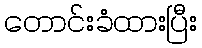
တောင်းခံထားပြီး